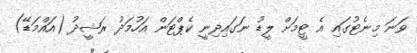
ވަނަ މިނެޓުގައި އެ ޓީމަށް ލީޑު ނަގައިދިނީ ކެޕްޓަން އަހުމަދު ރަޝީދު (އައްމަޑޭ)